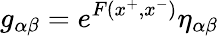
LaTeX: g_{\alpha\beta}=e^{F(x^{+},x^{-})}\eta_{\alpha\beta}